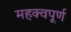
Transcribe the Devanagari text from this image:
महक्वपूर्ण